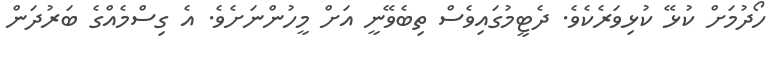
ހޯދުމަށް ކުޅޭ ކުޅިވަރެކެވެ. ދެޓީމުގައިވެސް ތިބެވޭނީ އަށް މީހުންނަށެވެ. އެ ގިސްމެއްގެ ބަރުދަން